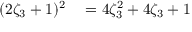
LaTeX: \begin{array} { r l } { ( 2 \zeta _ { 3 } + 1 ) ^ { 2 } } & { { } = 4 \zeta _ { 3 } ^ { 2 } + 4 \zeta _ { 3 } + 1 } \end{array}